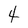
Character: 4